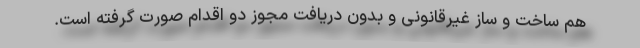
هم ساخت و ساز غیرقانونی و بدون دریافت مجوز دو اقدام صورت گرفته است.